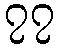
၇၇